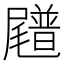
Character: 𪨟